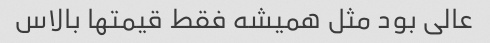
عالی بود مثل همیشه فقط قیمتها بالاس